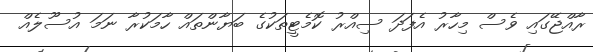
ރާއްޖޭގައި ވެސް މިހާރު އެފަދަ ސިއްރު ކޮމެޓީތަކުގެ ބަޔާންތައް ހާމަކުރާ ނަމަ އުސޫލެއް